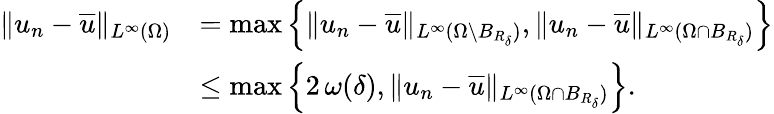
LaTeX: \begin{array}{rl}{\| u_{n}-\overline{{u}}\| _{L^{\infty}(\Omega)}}&{=\operatorname*{max}\Big\{ \| u_{n}-\overline{{u}}\| _{L^{\infty}(\Omega\setminus B_{R_{\delta}})},\| u_{n}-\overline{{u}}\| _{L^{\infty}(\Omega\cap B_{R_{\delta}})}\Big\} }\\ &{\le\operatorname*{max}\Big\{ 2\, \omega(\delta),\| u_{n}-\overline{{u}}\| _{L^{\infty}(\Omega\cap B_{R_{\delta}})}\Big\} .}\end{array}